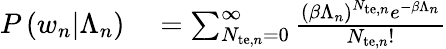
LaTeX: \begin{array}{rl}{P\left(w_{n}|\Lambda_{n}\right)}&{{}=\sum_{N_{\mathrm{te},n}=0}^{\infty}\frac{(\beta\Lambda_{n})^{N_{\mathrm{te},n}}e^{-\beta\Lambda_{n}}}{N_{\mathrm{te},n}!}}\end{array}